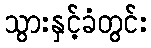
သွားနှင့်ခံတွင်း